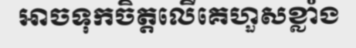
អាចទុកចិត្តលើគេហួសខ្លាំង